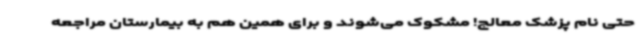
حتی نام پزشک معالج! مشکوک می‌شوند و برای همین هم به بیمارستان مراجعه